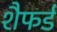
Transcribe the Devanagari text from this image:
शैफर्ड